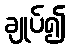
ချုပ်၍